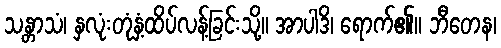
သန္တာသံ၊ နှလုံးတုံနှံ့ထိပ်လန့်ခြင်းသို့။ အာပါဒိ၊ ရောက်၏။ ဘီတေန၊